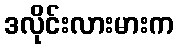
ဒလိုင်းလားမားက